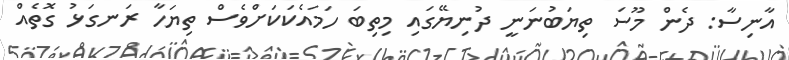
އާނިސާ: ދެން މޫސަ ތިޔަބުނަނީ ދުނިޔޭގައި މިތިބަ ހަމައެކަކަށްވެސް ތިޔަހާ ރަނގަޅު ގޮތެއް